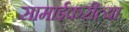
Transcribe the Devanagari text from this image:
सामाईकरीत्या